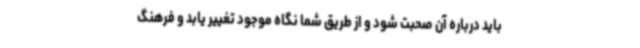
باید درباره آن صحبت شود و از طریق شما نگاه موجود تغییر یابد و فرهنگ